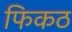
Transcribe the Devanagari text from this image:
फिकठ